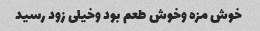
خوش مزه وخوش طعم بود وخیلی زود رسید